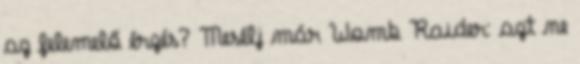
az felemelő érzés? Mesélj már Womb Raider: azt ne